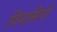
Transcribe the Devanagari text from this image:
पिपासिनी